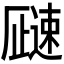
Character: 𬩓